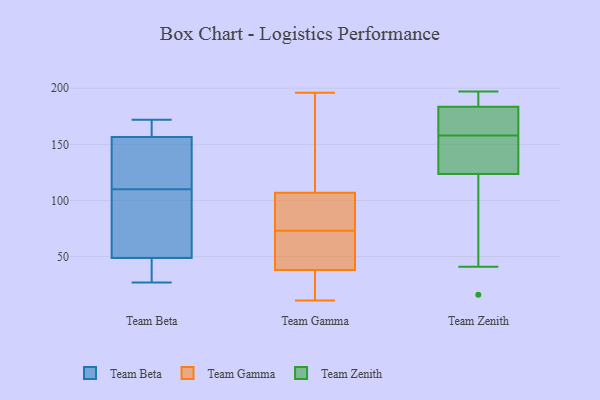
{"axis": {"x": "Inventory Turnover", "y": "Value"}, "legend": ["Team Beta", "Team Gamma", "Team Zenith"], "data": [{"x": "", "y": 116, "type": "Team Beta"}, {"x": "", "y": 172, "type": "Team Beta"}, {"x": "", "y": 27, "type": "Team Beta"}, {"x": "", "y": 39, "type": "Team Beta"}, {"x": "", "y": 42, "type": "Team Beta"}, {"x": "", "y": 131, "type": "Team Beta"}, {"x": "", "y": 146, "type": "Team Beta"}, {"x": "", "y": 95, "type": "Team Beta"}, {"x": "", "y": 166, "type": "Team Beta"}, {"x": "", "y": 160, "type": "Team Beta"}, {"x": "", "y": 169, "type": "Team Beta"}, {"x": "", "y": 69, "type": "Team Beta"}, {"x": "", "y": 70, "type": "Team Beta"}, {"x": "", "y": 34, "type": "Team Beta"}, {"x": "", "y": 110, "type": "Team Beta"}, {"x": "", "y": 25, "type": "Team Gamma"}, {"x": "", "y": 101, "type": "Team Gamma"}, {"x": "", "y": 68, "type": "Team Gamma"}, {"x": "", "y": 28, "type": "Team Gamma"}, {"x": "", "y": 107, "type": "Team Gamma"}, {"x": "", "y": 70, "type": "Team Gamma"}, {"x": "", "y": 123, "type": "Team Gamma"}, {"x": "", "y": 54, "type": "Team Gamma"}, {"x": "", "y": 196, "type": "Team Gamma"}, {"x": "", "y": 11, "type": "Team Gamma"}, {"x": "", "y": 99, "type": "Team Gamma"}, {"x": "", "y": 38, "type": "Team Gamma"}, {"x": "", "y": 14, "type": "Team Gamma"}, {"x": "", "y": 47, "type": "Team Gamma"}, {"x": "", "y": 76, "type": "Team Gamma"}, {"x": "", "y": 97, "type": "Team Gamma"}, {"x": "", "y": 190, "type": "Team Gamma"}, {"x": "", "y": 151, "type": "Team Gamma"}, {"x": "", "y": 141, "type": "Team Zenith"}, {"x": "", "y": 165, "type": "Team Zenith"}, {"x": "", "y": 133, "type": "Team Zenith"}, {"x": "", "y": 194, "type": "Team Zenith"}, {"x": "", "y": 153, "type": "Team Zenith"}, {"x": "", "y": 41, "type": "Team Zenith"}, {"x": "", "y": 124, "type": "Team Zenith"}, {"x": "", "y": 76, "type": "Team Zenith"}, {"x": "", "y": 123, "type": "Team Zenith"}, {"x": "", "y": 165, "type": "Team Zenith"}, {"x": "", "y": 187, "type": "Team Zenith"}, {"x": "", "y": 52, "type": "Team Zenith"}, {"x": "", "y": 177, "type": "Team Zenith"}, {"x": "", "y": 163, "type": "Team Zenith"}, {"x": "", "y": 181, "type": "Team Zenith"}, {"x": "", "y": 197, "type": "Team Zenith"}, {"x": "", "y": 186, "type": "Team Zenith"}, {"x": "", "y": 16, "type": "Team Zenith"}, {"x": "", "y": 189, "type": "Team Zenith"}, {"x": "", "y": 143, "type": "Team Zenith"}]}